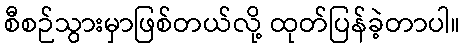
စီစဉ်သွားမှာဖြစ်တယ်လို့ ထုတ်ပြန်ခဲ့တာပါ။